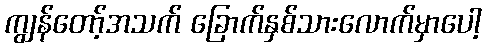
ကျွန်တော့်အသက် ခြောက်နှစ်သားလောက်မှာပေါ့